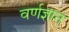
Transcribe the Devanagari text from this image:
वर्णज्ञान